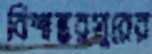
বিশ্বম্ভরপুরের